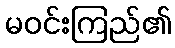
မဝင်းကြည်၏